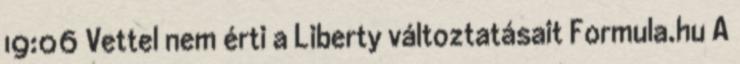
19:06 Vettel nem érti a Liberty változtatásait Formula.hu A